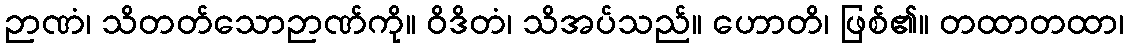
ဉာဏံ၊ သိတတ်သောဉာဏ်ကို။ ဝိဒိတံ၊ သိအပ်သည်။ ဟောတိ၊ ဖြစ်၏။ တထာတထာ၊